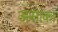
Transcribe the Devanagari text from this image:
असांका